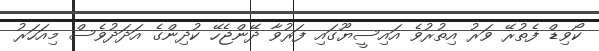
ކޯވިޑް ފެތުރޭ ވަރު އިތުރުވެ އައިސީޔޫގައި ފަރުވާ ދޭންޖެހޭ ކުދިންގެ އަދަދުވެސް މިއަހަރު